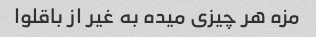
مزه هر چیزی میده به غیر از باقلوا